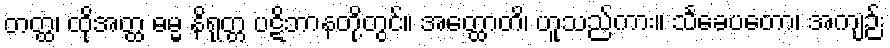
တတ္ထ၊ ထိုအတ္ထ ဓမ္မ နိရုတ္တ ပဋိဘာနတို့တွင်။ အတ္ထောတိ၊ ဟူသည်ကား။ သင်္ခေပတော၊ အကျဉ်း